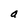
Character: a